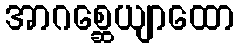
အာဂစ္ဆေယျာထော